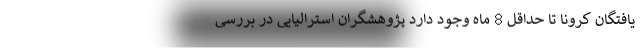
‌یافتگان کرونا تا حداقل 8 ماه وجود دارد پژوهشگران استرالیایی در بررسی